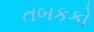
તબકકો